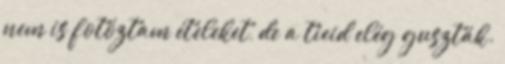
nem is fotóztam ételeket, de a tieid elég guszták.